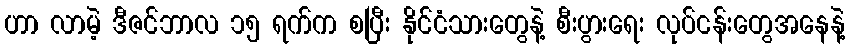
ဟာ လာမဲ့ ဒီဇင်ဘာလ ၁၅ ရက်က စပြီး နိုင်ငံသားတွေနဲ့ စီးပွားရေး လုပ်ငန်းတွေအနေနဲ့